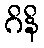
ဂိနိ